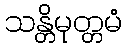
သန္တိမုတ္တမံ